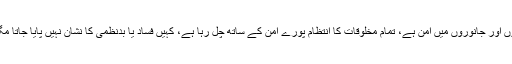
ستاروں میں امن ہے، ہوا میں امن ہے، پانی میں امن ہے، درختوں اور جانوروں میں امن ہے، تمام مخلوقات کا انتظام پورے امن کے ساتھ چل رہا ہے، کہیں فساد یا بدنظمی کا نشان نہیں پایا جاتا مگر ایک انسان ہی کی زندگی کیوں اس نعمت سے محروم ہوگئی؟